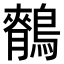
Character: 𪅣